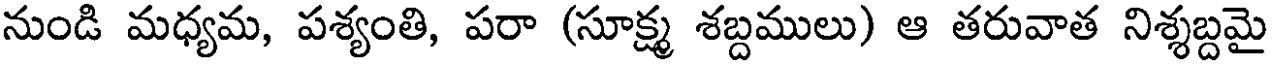
నుండి మధ్యమ, పశ్యంతి, పరా (సూక్ష్మ శబ్దములు) ఆ తరువాత నిశ్శబ్దమై